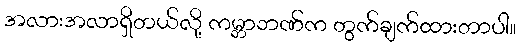
အလားအလာရှိတယ်လို့ ကမ္ဘာဘဏ်က တွက်ချက်ထားတာပါ။